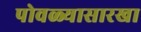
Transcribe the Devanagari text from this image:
पोवळ्यासारखा